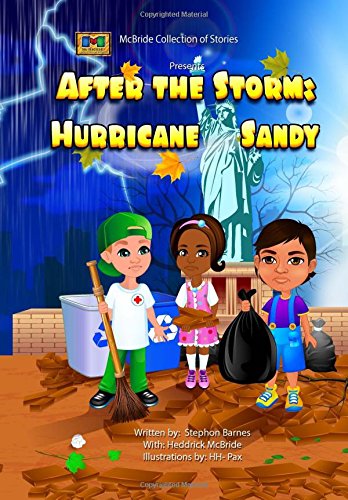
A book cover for After the Storm: Hurricane Sandy; Stephon Barnes; Children's Books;